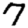
Digit: 7